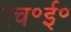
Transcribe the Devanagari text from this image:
एच॰ई॰